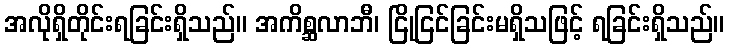
အလိုရှိတိုင်းရခြင်းရှိသည်။ အကိစ္ဆလာဘီ၊ ငြိုငြင်ခြင်းမရှိသဖြင့် ရခြင်းရှိသည်။